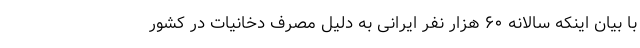
با بیان اینکه سالانه ۶۰ هزار نفر ایرانی به دلیل مصرف دخانیات در کشور